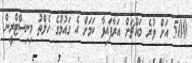
500 އަށް ވުރެ މައްޗަށް އަރާފައިވާ ކަމަށް އެ ގައުމުގެ ހެލްތު މިނިސްޓްރީން